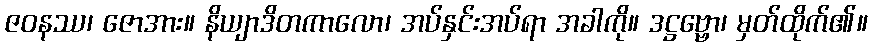
ဇဝနဿ၊ ဇောအား။ နိယျာဒိတကာလော၊ အပ်နှင်းအပ်ရာ အခါကို။ ဒဋ္ဌဗ္ဗော၊ မှတ်ထိုက်၏။